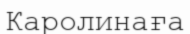
Каролинаға